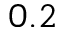
0 . 2